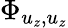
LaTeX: \Phi_{u_{z},u_{z}}